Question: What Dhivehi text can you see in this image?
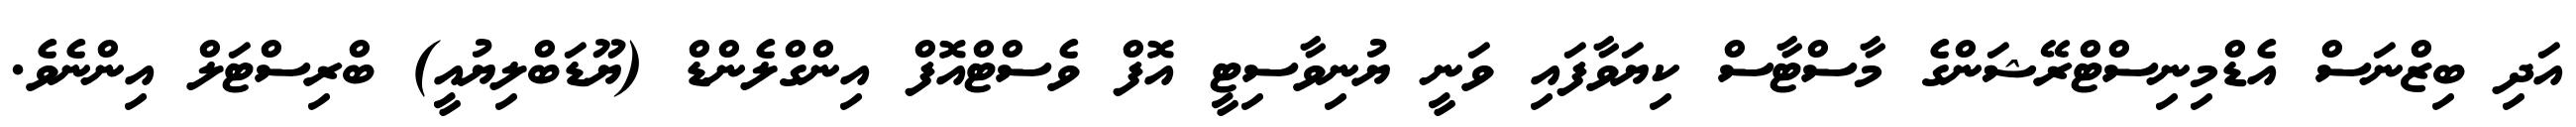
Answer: އަދި ބިޒްނަސް އެޑްމިނިސްޓްރޭޝަންގެ މާސްޓާސް ކިޔަވާފައި ވަނީ ޔުނިވާސިޓީ އޮފް ވެސްޓްއޮފް އިންގްލެންޑް (ޔޫޑަބްލިޔުއީ) ބްރިސްޓަލް އިންނެވެ.